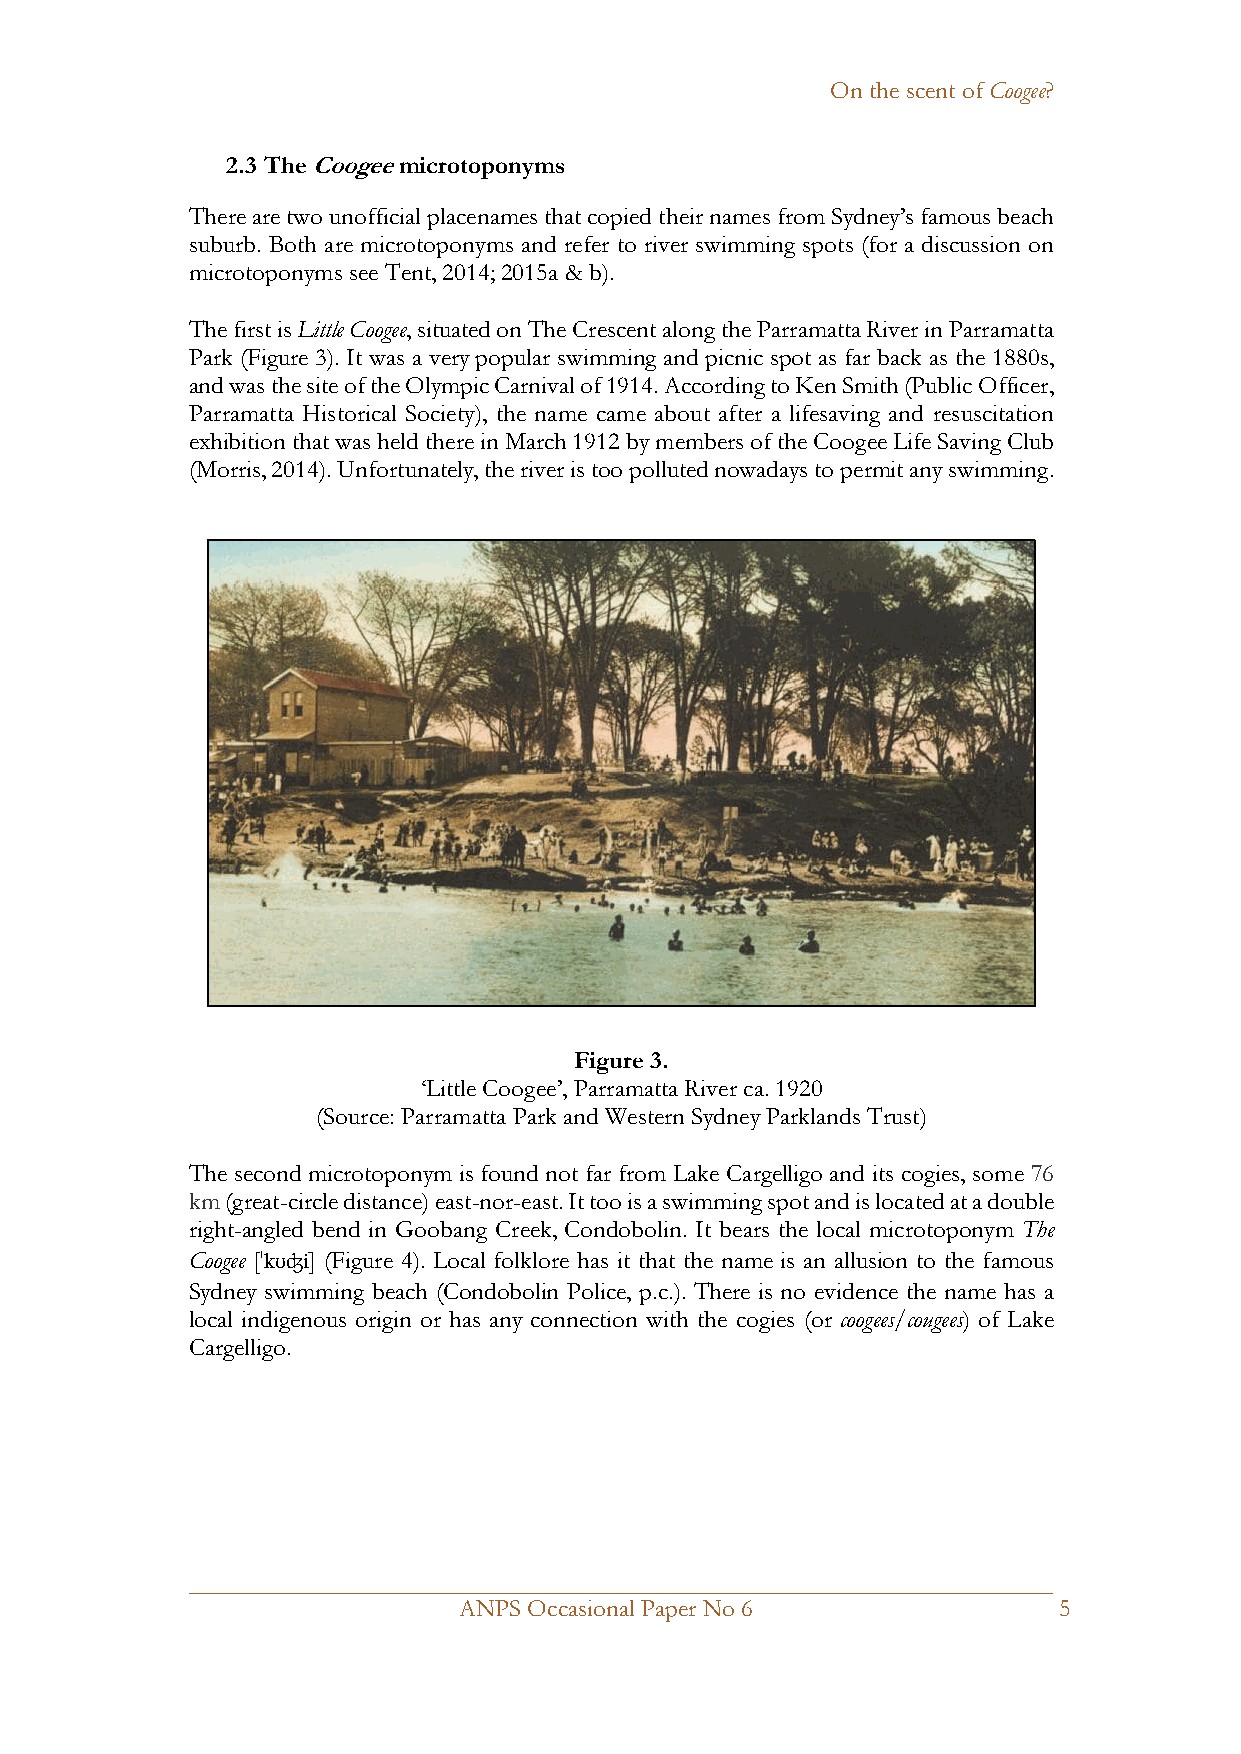
On the scent of Coogee?
 2.3 The Coogee microtoponyms
 There are two unofficial placenames that copied their names from Sydney’s famous beach
 suburb. Both are microtoponyms and refer to river swimming spots (for a discussion on
 microtoponyms see Tent, 2014; 2015a & b).
 The first is Little Coogee, situated on The Crescent along the Parramatta River in Parramatta
 Park (Figure 3). It was a very popular swimming and picnic spot as far back as the 1880s,
 and was the site of the Olympic Carnival of 1914. According to Ken Smith (Public Officer,
 Parramatta Historical Society), the name came about after a lifesaving and resuscitation
 exhibition that was held there in March 1912 by members of the Coogee Life Saving Club
 (Morris, 2014). Unfortunately, the river is too polluted nowadays to permit any swimming.
 Figure 3.
 ‘Little Coogee’, Parramatta River ca. 1920
 (Source: Parramatta Park and Western Sydney Parklands Trust)
 The second microtoponym is found not far from Lake Cargelligo and its cogies, some 76
 km (great-circle distance) east-nor-east. It too is a swimming spot and is located at a double
 right-angled bend in Goobang Creek, Condobolin. It bears the local microtoponym The
 Coogee [ˈkʊʤi] (Figure 4). Local folklore has it that the name is an allusion to the famous
 Sydney swimming beach (Condobolin Police, p.c.). There is no evidence the name has a
 local indigenous origin or has any connection with the cogies (or coogees/cougees) of Lake
 Cargelligo.
 _____________________________________________________________________
 ANPS Occasional Paper No 6              5